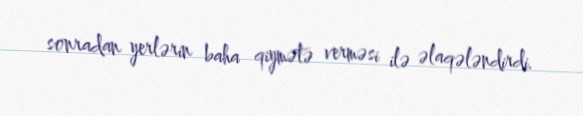
sonradan yerlərin baha qiymətə verməsi ilə əlaqələndirdi.